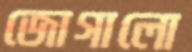
জোগালো